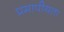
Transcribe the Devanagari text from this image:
प्रमापीयता